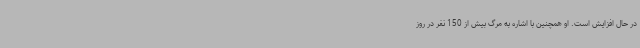
در حال افزایش است. او همچنین با اشاره به مرگ بیش از 150 نفر در روز